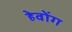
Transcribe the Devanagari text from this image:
हेवोंग